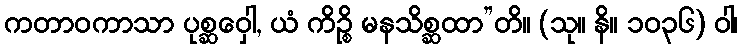
ကတာဝကာသာ ပုစ္ဆဝှေါ, ယံ ကိဉ္စိ မနသိစ္ဆထာ”တိ။ (သု။ နိ။ ၁၀၃၆) ဝါ၊